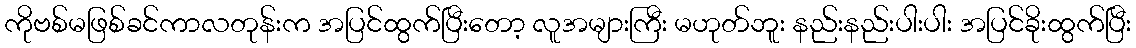
ကိုဗစ်မဖြစ်ခင်ကာလတုန်းက အပြင်ထွက်ပြီးတော့ လူအများကြီး မဟုတ်ဘူး နည်းနည်းပါးပါး အပြင်ခိုးထွက်ပြီး